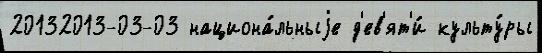
20132013-03-03 национа́льныjе д'ев'ят'и́ культу́ры